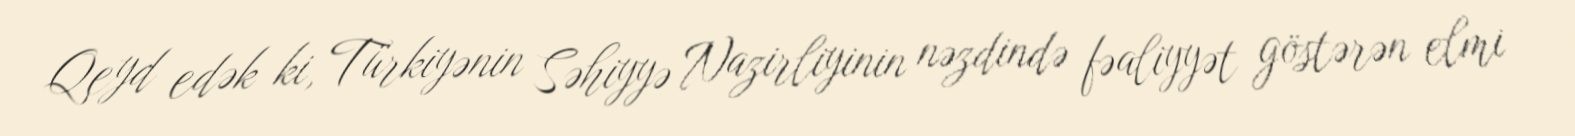
Qeyd edək ki, Türkiyənin Səhiyyə Nazirliyinin nəzdində fəaliyyət göstərən elmi